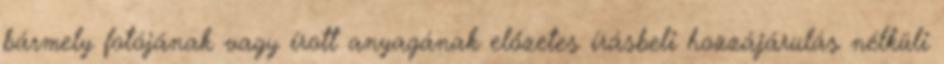
bármely fotójának vagy írott anyagának előzetes írásbeli hozzájárulás nélküli